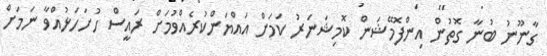
ގާނޫނު ބުނާ ގޮތުން އިންފޮމޭޝަން ކޮމިޝަނަރު ކަމަށް އައްޔަންކުރެއްވުމަށް ރައީސް ހުށަހަޅުއްވާ ނަމަށް